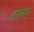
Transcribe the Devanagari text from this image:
डरबएं